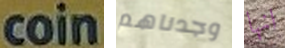
coin وجدناهم انها